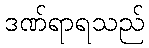
ဒဏ်ရာရသည်